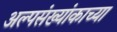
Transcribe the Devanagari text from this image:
अल्पसंख्यांकाच्या